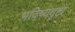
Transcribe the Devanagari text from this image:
भविष्यदृष्टा